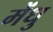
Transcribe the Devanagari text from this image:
मेंधु